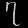
Digit: ၇